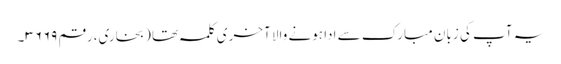
یہ آپ کی زبان مبارک سے ادا ہونے والا آخری کلمہ تھا (بخاری، رقم ۳۶۶۹۔